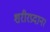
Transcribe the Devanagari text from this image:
शरीरप्रदान।